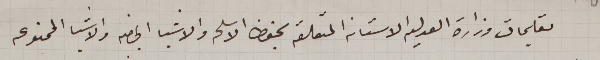
تعليمات وزارة العدليه الاستانه المتعلقة بحفظ الاسلحه والاشيا   الخاصه  والاشيا الممنوعه